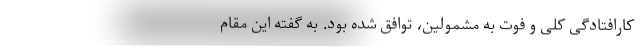
کارافتادگی کلی و فوت به مشمولین، توافق شده بود. به گفته این مقام